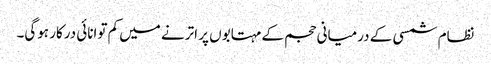
نظام شمسی کے درمیانی حجم کے مہتابوں پر اترنے میں کم توانائی درکار ہوگی۔